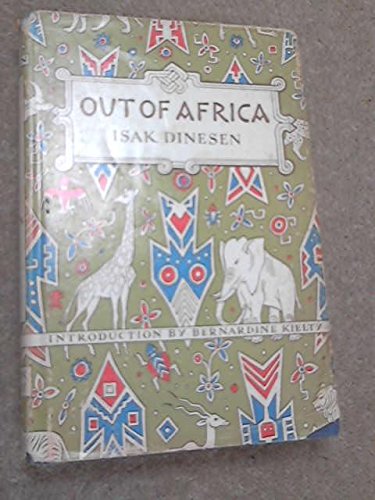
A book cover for Out of Africa; Isak Dinesen; History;